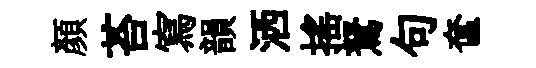
顔苔寫韻洒搖駑句奩